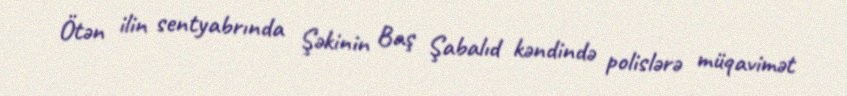
Ötən ilin sentyabrında Şəkinin Baş Şabalıd kəndində polislərə müqavimət